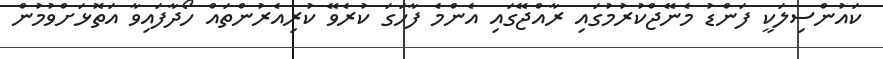
ކައުންސިލަކީ ފަންޑު މެނޭޖްކުރުމުގައި ރާއްޖޭގައި އެންމެ ފާހަގަ ކުރެވޭ ކުރިއެރުންތައް ހޯދާފައިވާ އަތޮޅަށްވުމުން